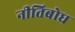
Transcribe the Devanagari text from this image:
नीतिबोध